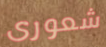
شعورى